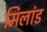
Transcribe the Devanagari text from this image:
मिलांड